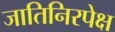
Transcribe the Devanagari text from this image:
जातिनिरपेक्ष